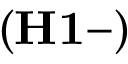
\mathbf { ( H 1 - ) }